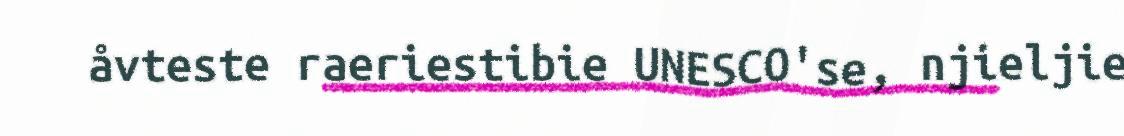
åvteste raeriestibie UNESCO'se, njieljie